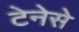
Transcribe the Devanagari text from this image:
टेनेसे